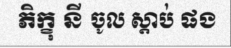
ភិក្ខុ នី ចូល ស្តាប់ ផង